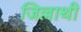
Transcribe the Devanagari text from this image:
जिल्लाथी